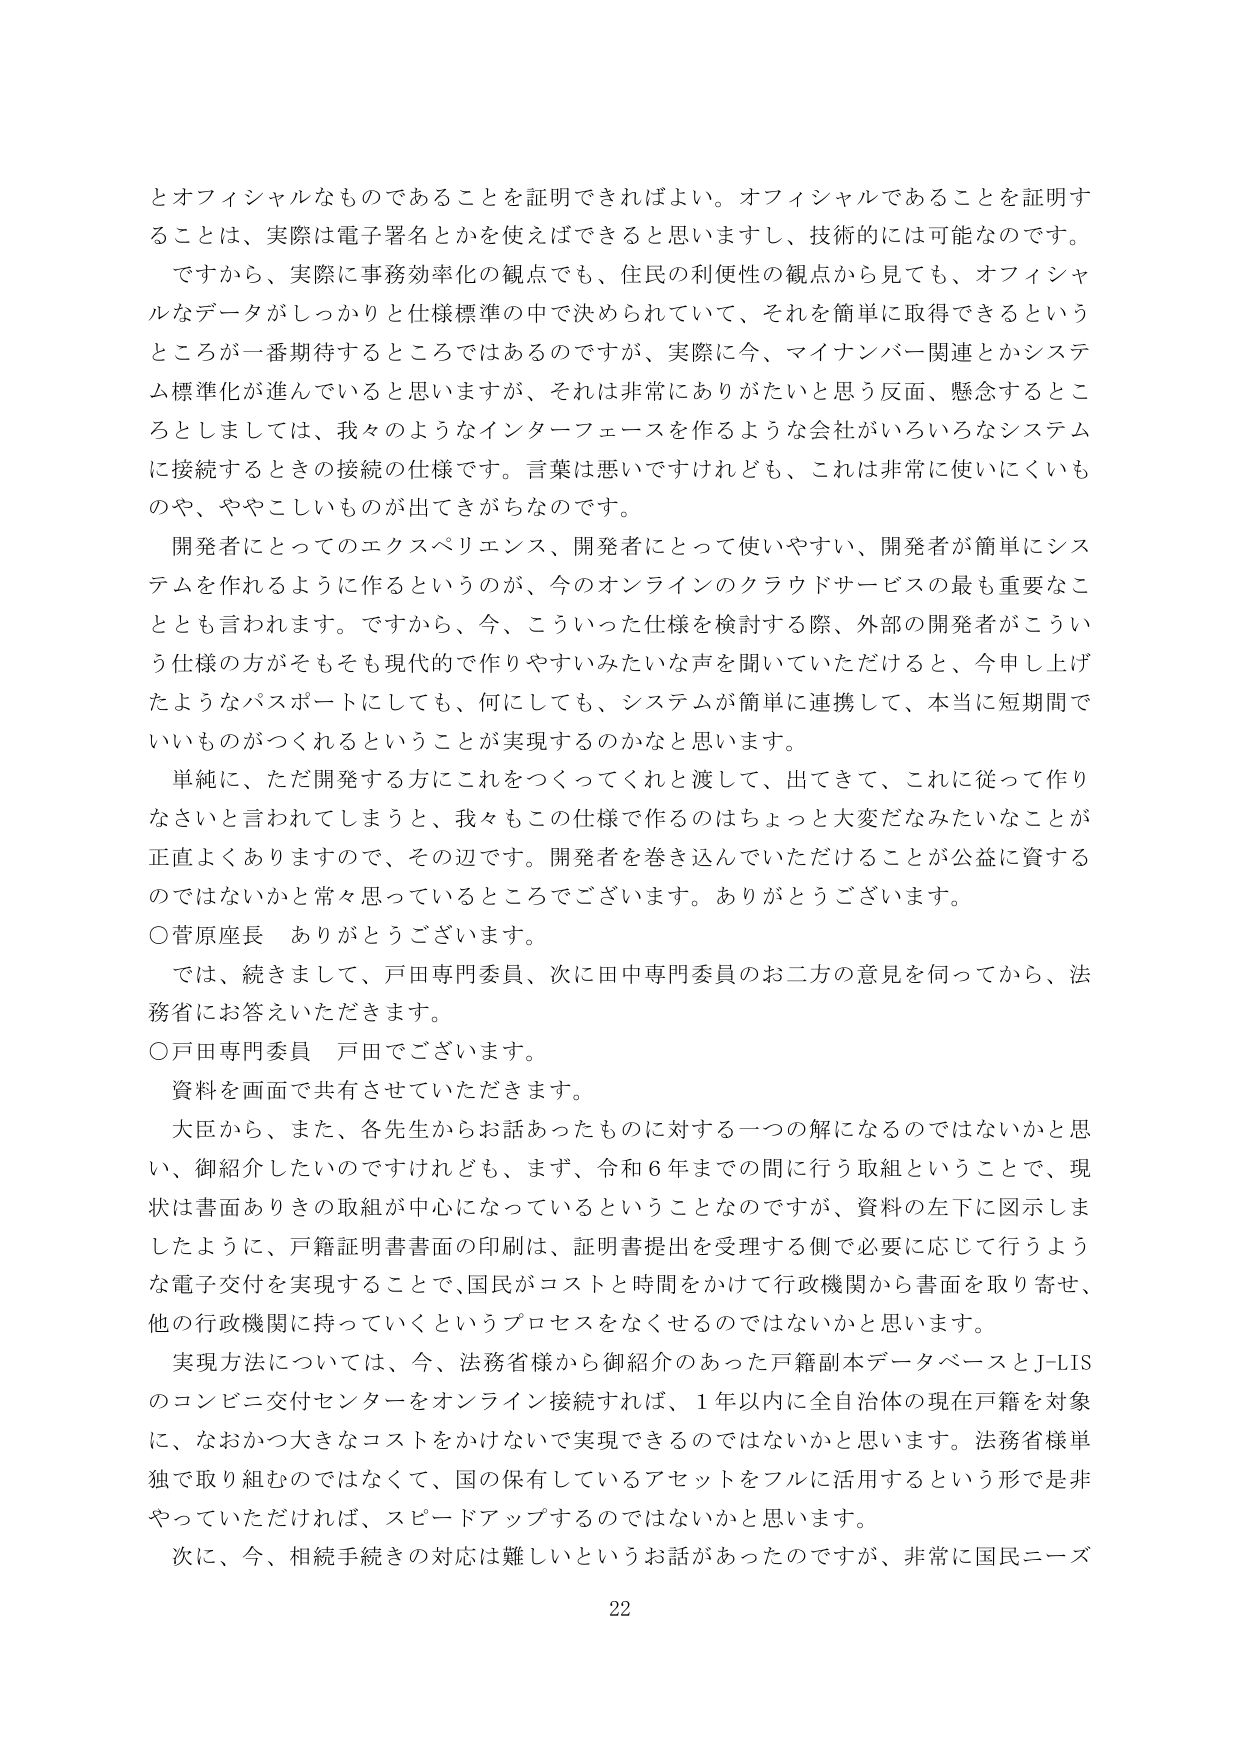
とオフィシャルなものであることを証明できればよい。オフィシャルであることを証明することは、実際は電子署名とかを使えばできると思いますし、技術的には可能なのです。

ですから、実際に事務効率化の観点でも、住民の利便性の観点から見ても、オフィシャルなデータがしっかりと仕様標準の中で決められていて、それを簡単に取得できるというところが一番期待するところではあるのですが、実際に今、マイナンバー関連とかシステム標準化が進んでいると思いますが、それは非常にありがたいと思う反面、懸念するところとしましては、我々のようなインターフェースを作るような会社がいろいろなシステムに接続するときの接続の仕様です。言葉は悪いですけれども、これは非常に使いにくいものや、ややこしいものが出てきがちなのです。

開発者にとってのエクスペリエンス、開発者にとって使いやすい、開発者が簡単にシステムを作れるように作るというのが、今のオンラインのクラウドサービスの最も重要なこととも言われます。ですから、今、こういった仕様を検討する際、外部の開発者がこういう仕様の方がそもそも現代的で作りやすいみたいな声を聞いていただけると、今申し上げたようなパスポートにしても、何にしても、システムが簡単に連携して、本当に短期間でいいものがつくれるということが実現するのかなと思います。

単純に、ただ開発する方にこれをつくってくれと渡して、出てきて、これに従って作りなさいと言われてしまうと、我々もこの仕様で作るのはちょっと大変だなみたいなことが正直よくありますので、その辺です。開発者を巻き込んでいただけることが公益に資するのではないかと常々思っているところでございます。ありがとうございます。

○菅原座長　ありがとうございます。

では、続きまして、戸田専門委員、次に田中専門委員のお二方の意見を伺ってから、法務省にお答えいただきます。

○戸田専門委員　戸田でございます。

資料を画面で共有させていただきます。

大臣から、また、各先生からお話あったものに対する一つの解になるのではないかと思い、御紹介したいのですけれども、まず、令和６年までの間に行う取組ということで、現状は書面ありきの取組が中心になっているということなのですが、資料の左下に図示しましたように、戸籍証明書書面の印刷は、証明書提出を受理する側で必要に応じて行うような電子交付を実現することで、国民がコストと時間をかけて行政機関から書面を取り寄せ、他の行政機関に持っていくというプロセスをなくせるのではないかと思います。

実現方法については、今、法務省様から御紹介のあった戸籍副本データベースとJ-LISのコンビニ交付センターをオンライン接続すれば、１年以内に全自治体の現在戸籍を対象に、なおかつ大きなコストをかけないで実現できるのではないかと思います。法務省様単独で取り組むのではなくて、国の保有しているアセットをフルに活用するという形では非やっていただければ、スピードアップするのではないかと思います。

次に、今、相続手続きの対応は難しいというお話があったのですが、非常に国民ニーズ

22